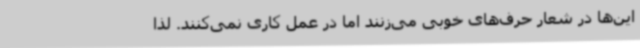
این‌ها در شعار حرف‌های خوبی می‌زنند اما در عمل کاری نمی‌کنند. لذا